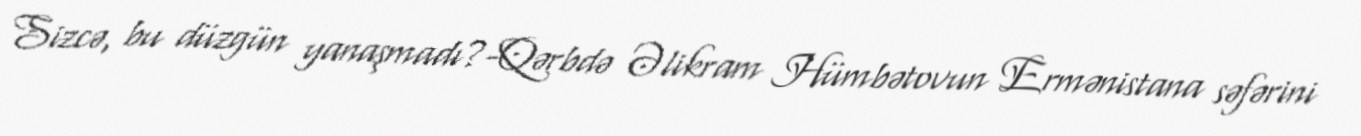
Sizcə, bu düzgün yanaşmadı?-Qərbdə Əlikram Hümbətovun Ermənistana səfərini